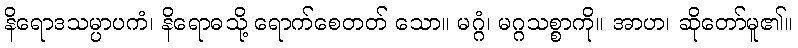
နိရောဒသမ္ပာပကံ၊ နိရောဓသို့ ရောက်စေတတ် သော။ မဂ္ဂံ၊ မဂ္ဂသစ္စာကို။ အာဟ၊ ဆိုတော်မူ၏။